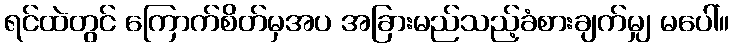
ရင်ထဲတွင် ကြောက်စိတ်မှအပ အခြားမည်သည့်ခံစားချက်မျှ မပေါ်။